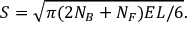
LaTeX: S = \sqrt { \pi ( 2 N _ { B } + N _ { F } ) E L / 6 } .